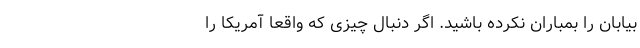
بیابان را بمباران نکرده باشید. اگر دنبال چیزی که واقعاً آمریکا را